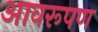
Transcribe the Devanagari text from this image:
आवरूपण